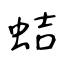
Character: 蛣